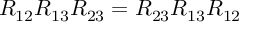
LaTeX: R _ { 1 2 } R _ { 1 3 } R _ { 2 3 } = R _ { 2 3 } R _ { 1 3 } R _ { 1 2 }